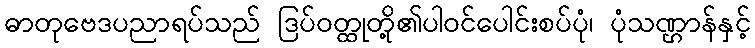
ဓာတုဗေဒပညာရပ်သည် ဒြပ်ဝတ္ထုတို့၏ပါဝင်ပေါင်းစပ်ပုံ၊ ပုံသဏ္ဌာန်နှင့်